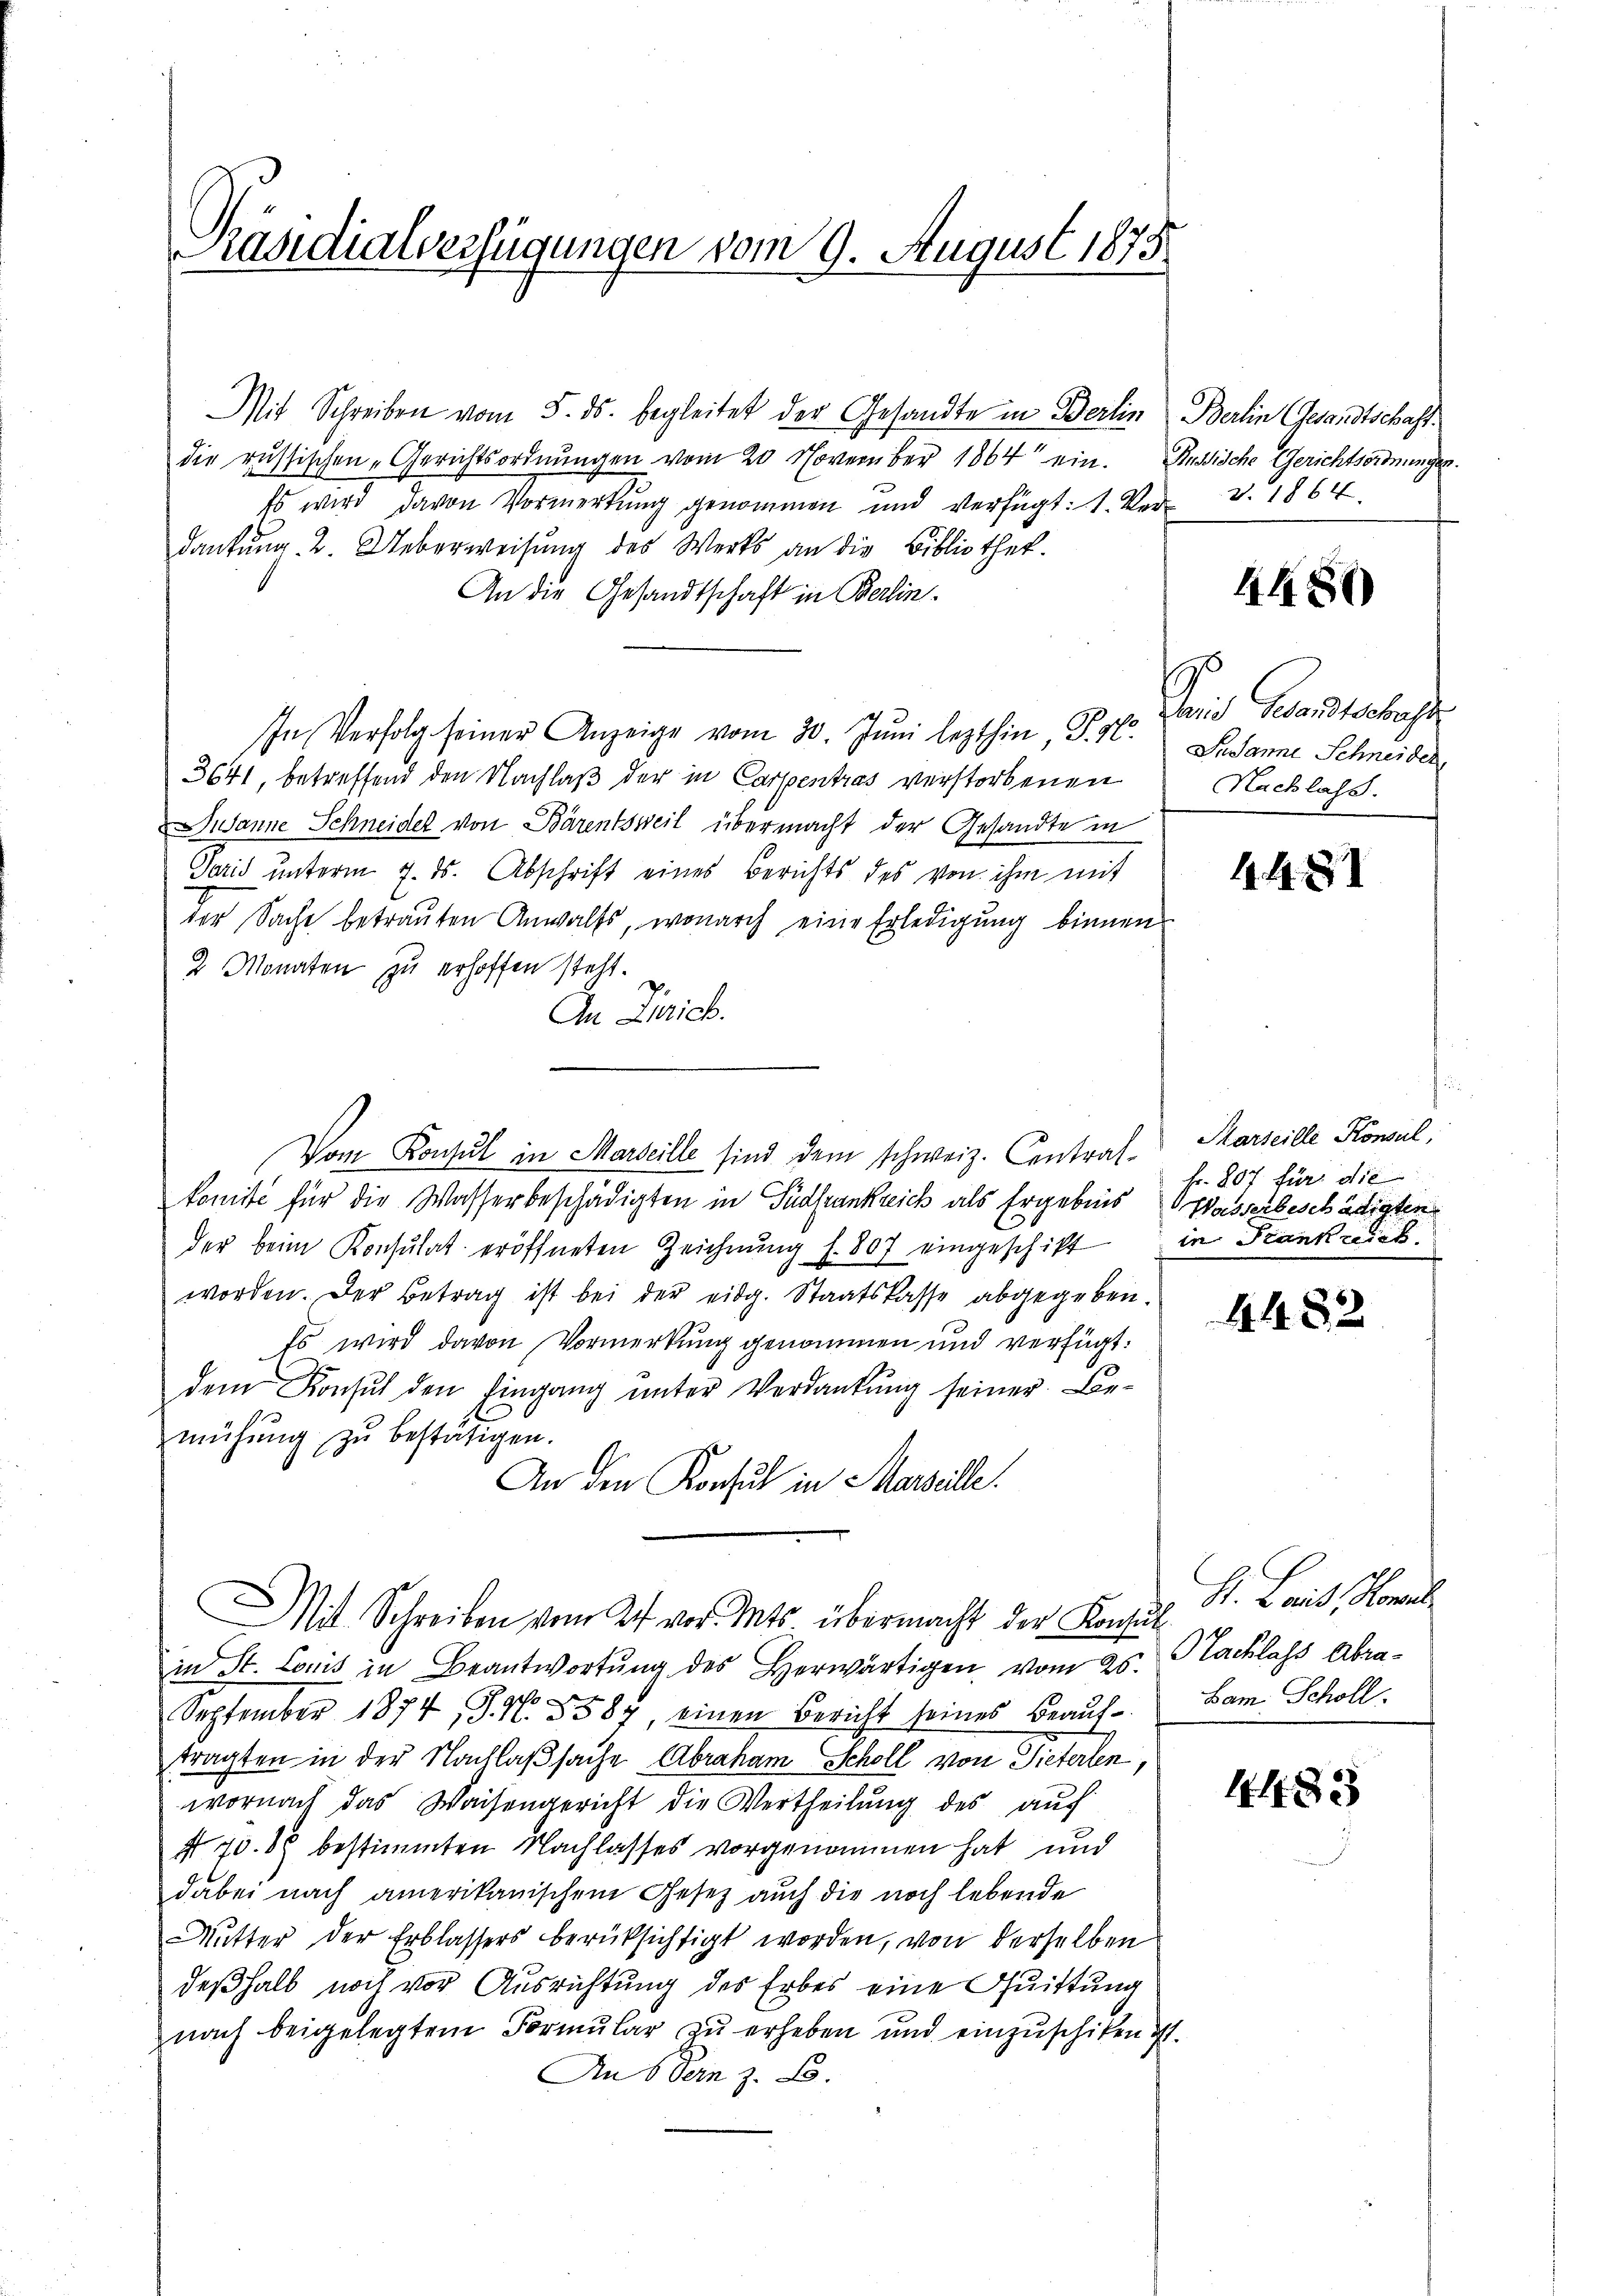
Präsidialverfügungen vom 9. August 1875

Mit Schreiben vom 5. ds. begleitet der Gesandte in Berlin
die russischen „Gerichtsordnungen vom 20. November 1864 ein.
Es wird davon Vormerkung genommen und verfügt: 1. Ver
dankung 2. Ueberweisung des Werks an die Bibliothek.
An die Gesandtschaft in Berlin¬
In Verfolg seiner Anzeige vom 20. Jŭni lezthin, S. N. Sodanne Schneider
3641, betreffend den Nachlaß der in Carpentras verstorbenen
Gianne Schneidel von Bärentsweil übermacht der Gesandte in
Paris unterm 7. ds. Abschrift eines Berichts des von ihm mit
der Sache betrauten Anwalts, wonarch eine Erledigung binnen
2 Monaten zu erhoffen steht.
An Zürich.
komité für die Wasserbeschädigten in Südfrankreich als Ergebnis
der beim Konsulat eröffneten Zeichnŭng f. 807 eingeschicht
worden. Der Betrag ist bei der eidg. Staatskasse abgegeben.
Es wird davon Vormerkung genommen und verfügt:
dem Konsul den Eingang ŭnter Verdankŭng seiner Lie-
mühŭng zu bestätigen.
An den Konsul in Marseille.
Mit Schreiben vom 24. vor. Mts. übermacht der Kapel St. Land, Homol
in St. Louis in Beantwortŭng des Herwärtigen vom 25.
September 1874, S. N. 5587, einen Bericht seines Beaŭf-
tragten in der Nachlaßsache Abraham Scholl von Sieterlen,
wornach das Waisengericht die Vertheilŭng des aŭf
470. 88 bestimmten Nachlasses vorgenommen hat und
dabei nach amerikanischem Gesetz auch die noch lebende
Mŭtter der Erblassers berüksichtigt worden, von derselben
deßhalb noch vor Ausrichtung des Erbes eine Quittung
nach beigelegtem Formular zu erheben und einzuschiken.
An Dein z. B.

Von Konsul in Marseille sind dem schweiz. Central-

Berlin (Gesandtschaft.
Russische Gerichtsordnungen.
 v. 1864.

4480

ser Beant
Nachlass.

4481

Marseille Konsul,
Fr. 807 für die
Wasserbeschädigten
in Stank nich

4482

OTachlass Abra¬
Bam. Scholl.

.

4. 483